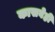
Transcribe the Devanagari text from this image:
कासवेही